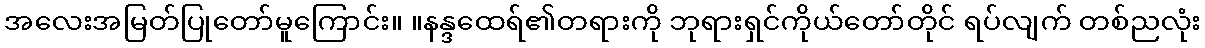
အလေးအမြတ်ပြုတော်မူကြောင်း။ ။နန္ဒထေရ်၏တရားကို ဘုရားရှင်ကိုယ်တော်တိုင် ရပ်လျက် တစ်ညလုံး